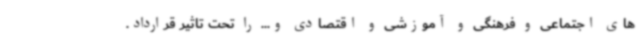
های اجتماعی و فرهنگی و آموزشی و اقتصادی و... را تحت تاثیر قرارداد.